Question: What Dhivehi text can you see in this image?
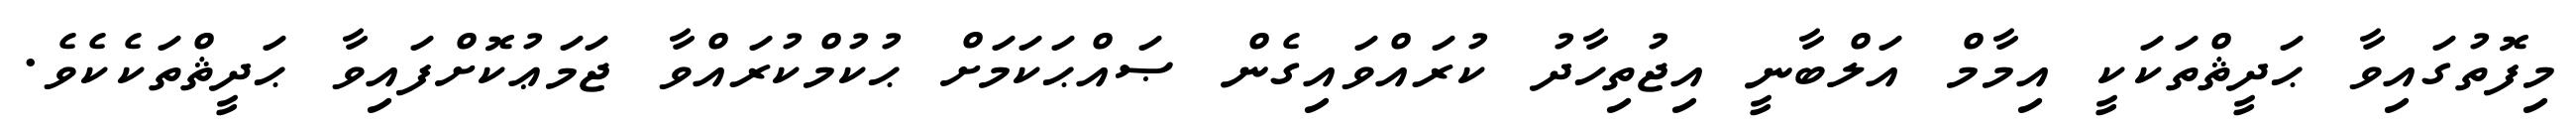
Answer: މިފޮތުގައިވާ ޙަދީޘްތަކަކީ އިމާމް އަލްބާނީ އިޖުތިހާދު ކުރައްވައިގެން ޞައްޙަކަމަށް ޙުކުމްކުރައްވާ ޖަމަޢުކޮށްފައިވާ ޙަދީޘްތަކެކެވެ.